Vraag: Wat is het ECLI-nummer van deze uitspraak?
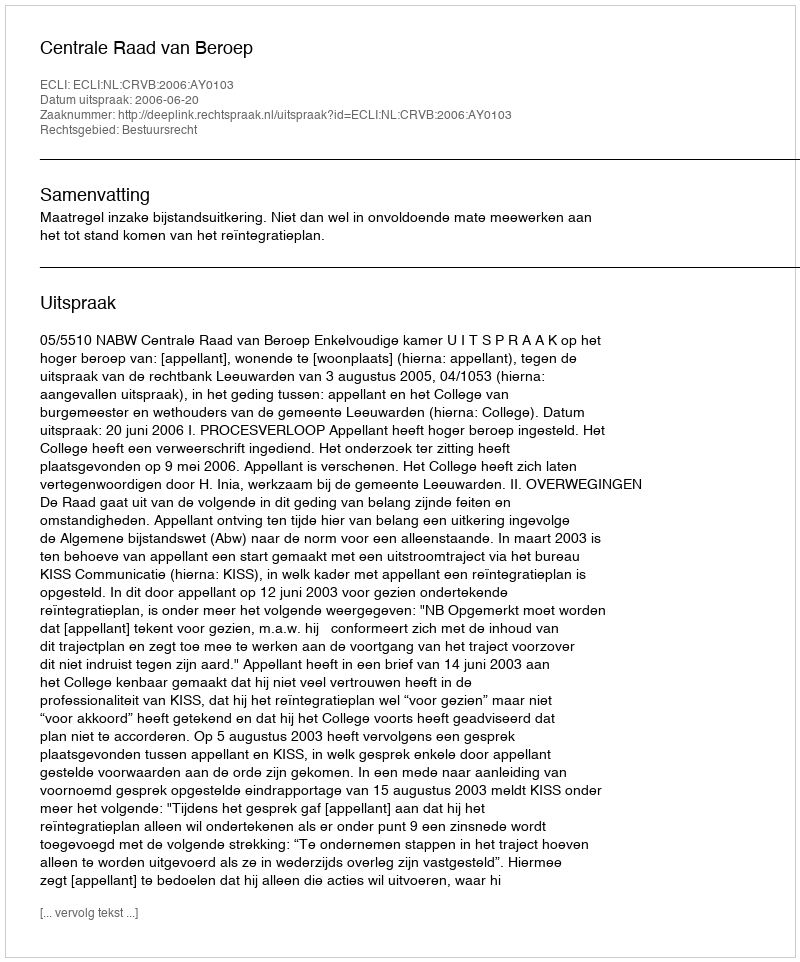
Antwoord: ECLI:NL:CRVB:2006:AY0103